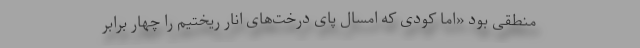
منطقی بود «اما کودی که امسال پای درخت‌های انار ریختیم را چهار برابر